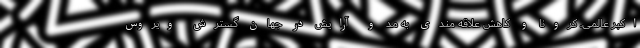
اکبر عالمی. کرونا و کاهش علاقه مندی به مد و آرایش در جهان گسترش ویروس